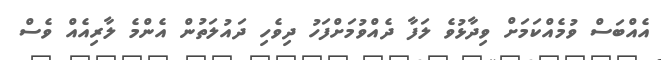
އެއްބަސް ވުމެއްކަމަށް ވިދާޅުވެ ލަފާ ދެއްވުމަށްފަހު ދިވެހި ދައުލަތުން އެންމެ ލާރިއެއް ވެސް